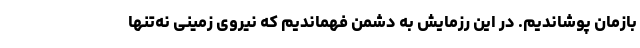
بازمان پوشاندیم. در این رزمایش به دشمن فهماندیم که نیروی زمینی نه‌تنها